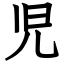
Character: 児